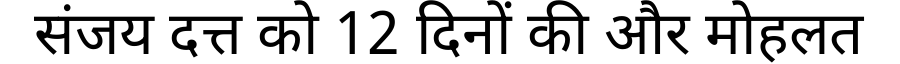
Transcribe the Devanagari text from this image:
संजय दत्त को 12 दिनों की और मोहलत